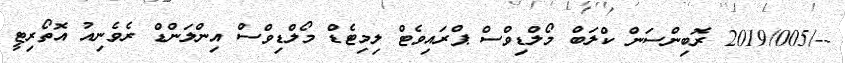
--/2019/005 ރޮބިންސަން ކްލަބް މޯލްޑިވްސް ޕްރައިވެޓް ލިމިޓެޑް މޯލްޑިވްސް އިންލަންޑް ރެވެނިއު އޮތޯރިޓީ